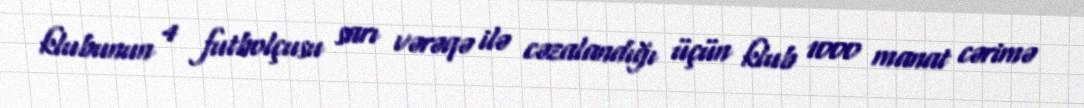
klubunun 4 futbolçusu sarı vərəqə ilə cəzalandığı üçün klub 1000 manat cərimə